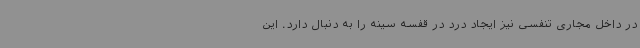
در داخل مجاری تنفسی نیز ایجاد درد در قفسه سینه را به دنبال دارد. این